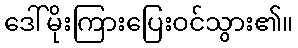
ဒေါ်မိုးကြားပြေးဝင်သွား၏။